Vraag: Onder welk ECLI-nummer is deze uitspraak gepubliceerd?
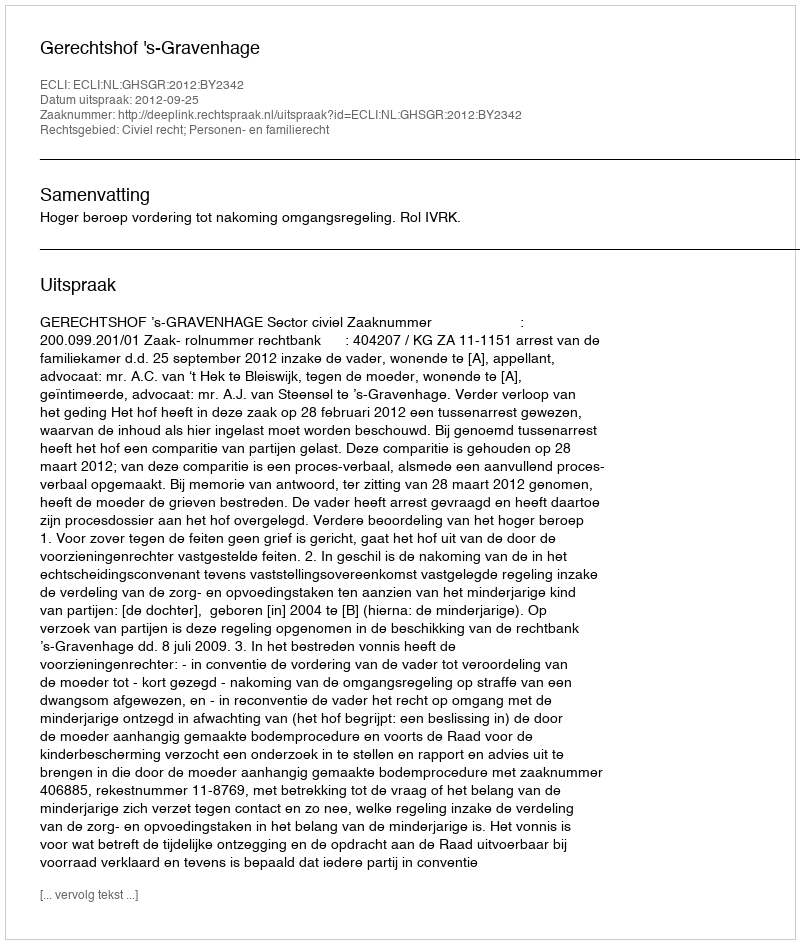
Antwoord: ECLI:NL:GHSGR:2012:BY2342